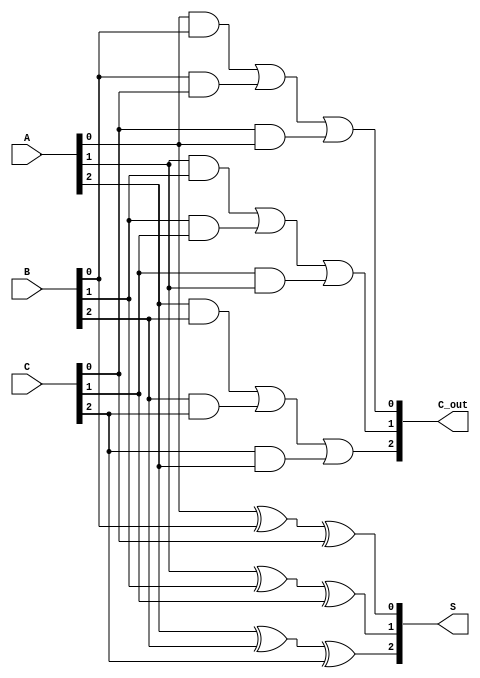
module carry_save_adder (
    input  [2:0] A, // First 3-bit input
    input  [2:0] B, // Second 3-bit input
    input  [2:0] C, // Third 3-bit input
    output [2:0] S, // 3-bit sum output
    output [2:0] C_out // 3-bit carry output
);

// Sum calculations using XOR
assign S[0] = A[0] ^ B[0] ^ C[0];
assign S[1] = A[1] ^ B[1] ^ C[1];
assign S[2] = A[2] ^ B[2] ^ C[2];

// Carry calculations using majority logic
assign C_out[0] = (A[0] & B[0]) | (B[0] & C[0]) | (C[0] & A[0]);
assign C_out[1] = (A[1] & B[1]) | (B[1] & C[1]) | (C[1] & A[1]);
assign C_out[2] = (A[2] & B[2]) | (B[2] & C[2]) | (C[2] & A[2]);

endmodule